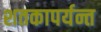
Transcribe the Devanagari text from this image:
शतकापर्यन्त